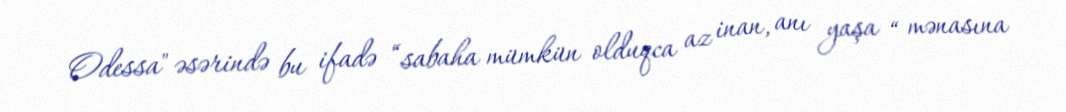
Odessa" əsərində bu ifadə “sabaha mümkün olduqca az inan, anı yaşa “ mənasına